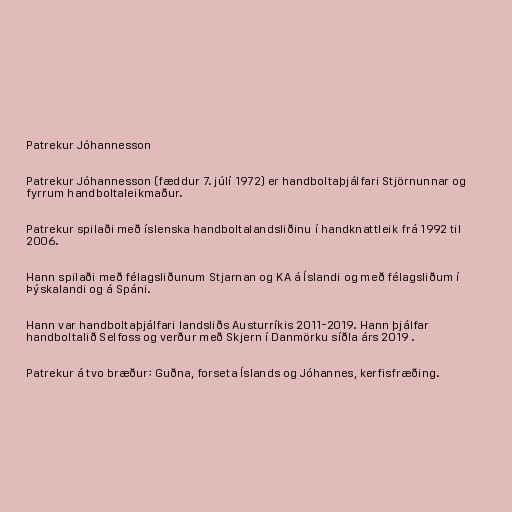
Patrekur Jóhannesson

Patrekur Jóhannesson (fæddur 7. júlí 1972) er handboltaþjálfari Stjörnunnar og
fyrrum handboltaleikmaður.

Patrekur spilaði með íslenska handboltalandsliðinu í handknattleik frá 1992 til
2006.

Hann spilaði með félagsliðunum Stjarnan og KA á Íslandi og með félagsliðum í
Þýskalandi og á Spáni.

Hann var handboltaþjálfari landsliðs Austurríkis 2011-2019. Hann þjálfar
handboltalið Selfoss og verður með Skjern í Danmörku síðla árs 2019 .

Patrekur á tvo bræður: Guðna, forseta Íslands og Jóhannes, kerfisfræðing.